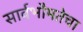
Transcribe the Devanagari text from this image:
सार्वभौमतेचा